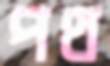
পথ